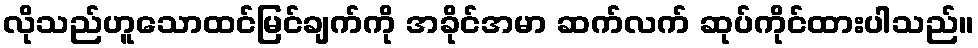
လိုသည်ဟူသောထင်မြင်ချက်ကို အခိုင်အမာ ဆက်လက် ဆုပ်ကိုင်ထားပါသည်။